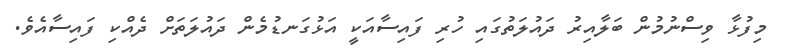
މިފުޅާ ވިސްނުމުން ބަލާއިރު ދައުލަތުގައި ހުރި ފައިސާއަކީ އަޅުގަނޑުމެން ދައުލަތަށް ދެއްކި ފައިސާއެވެ.